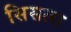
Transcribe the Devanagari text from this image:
सिसला